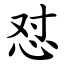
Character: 怼